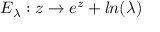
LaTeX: E _ { \lambda } : z \to e ^ { z } + l n ( \lambda )